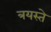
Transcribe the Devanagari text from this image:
त्रयस्ते